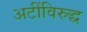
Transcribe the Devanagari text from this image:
अटींविरुद्ध